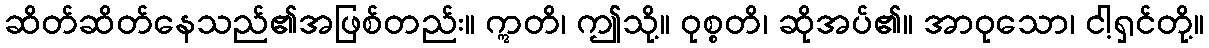
ဆိတ်ဆိတ်နေသည်၏အဖြစ်တည်း။ ဣတိ၊ ဤသို့။ ဝုစ္စတိ၊ ဆိုအပ်၏။ အာဝုသော၊ ငါ့ရှင်တို့။